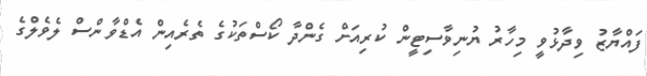
ފައްޔާޒު ވިދާޅުވީ މިހާރު ޔުނިވާސިޓީން ކުރިއަށް ގެންދާ ކޯސްތަކުގެ ތެރެއިން އެޑްވާންސް ލެވެލްގެ